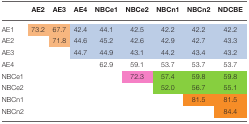
<table><thead><tr><td></td><td><b>AE2</b></td><td><b>AE3</b></td><td><b>AE4</b></td><td><b>NBCe1</b></td><td><b>NBCe2</b></td><td><b>NBCn1</b></td><td><b>NBCn2</b></td><td><b>NDCBE</b></td></tr></thead><tbody><tr><td>AE1</td><td>73.2</td><td>67.7</td><td>42.4</td><td>44.1</td><td>42.5</td><td>42.2</td><td>42.2</td><td>42.2</td></tr><tr><td>AE2</td><td></td><td>71.8</td><td>44.6</td><td>45.2</td><td>42.6</td><td>42.9</td><td>42.7</td><td>43.3</td></tr><tr><td>AE3</td><td></td><td></td><td>44.7</td><td>44.9</td><td>43.1</td><td>44.2</td><td>43.4</td><td>43.2</td></tr><tr><td>AE4</td><td></td><td></td><td></td><td>62.9</td><td>59.1</td><td>53.7</td><td>53.7</td><td>53.7</td></tr><tr><td>NBCe1</td><td></td><td></td><td></td><td></td><td>72.3</td><td>57.4</td><td>59.8</td><td>59.8</td></tr><tr><td>NBCe2</td><td></td><td></td><td></td><td></td><td></td><td>52.0</td><td>56.7</td><td>55.1</td></tr><tr><td>NBCn1</td><td></td><td></td><td></td><td></td><td></td><td></td><td>81.5</td><td>81.5</td></tr><tr><td>NBCn2</td><td></td><td></td><td></td><td></td><td></td><td></td><td></td><td>84.4</td></tr></tbody></table>